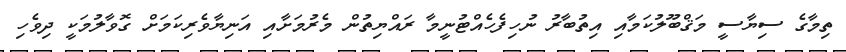
ތިމާގެ ސިޔާސީ މަޤްބޫލުކަމާއި އިތުބާރު ނުހިފެހެއްޓުނީމާ ރައްޔިތުން މެރުމަށާއި އަނިޔާވެރިކަމަށް ގޮވާލުމަކީ ދިވެހި